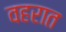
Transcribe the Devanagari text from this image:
वहरात